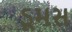
ડૂમસ